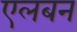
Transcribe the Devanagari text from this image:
एलबन